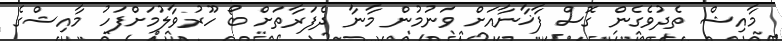
މާއިޝް ތެދުވެގެން ގޮސް ފާޚާނާއަށް ވަނުމުން މާނާ ދެފަރާތަށް ބޯ ހޫރުވާލުމަށްފަހު މާއިޝްގެ